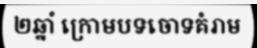
២ឆ្នាំ ក្រោមបទចោទគំរាម